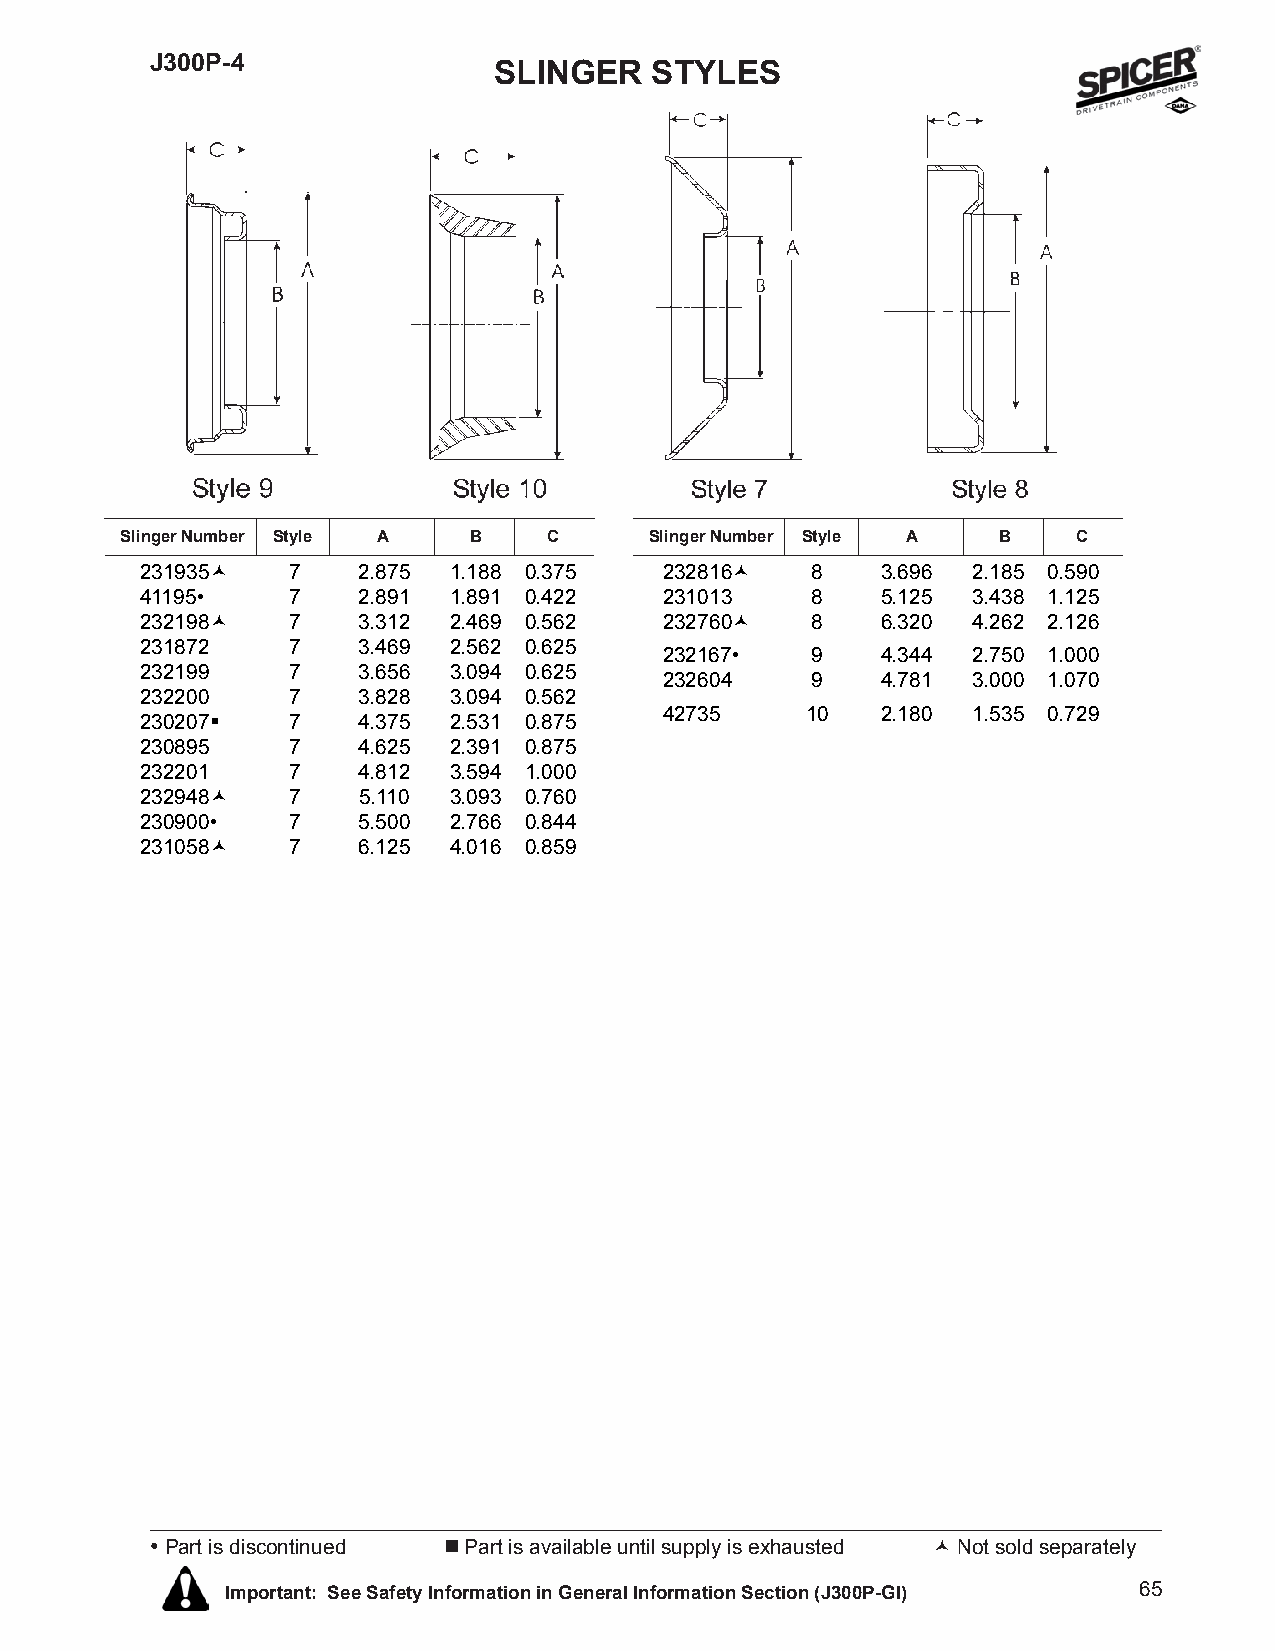
J300P-4
 SLINGER   STYLES
 Slinger Number Style A B    C      Slinger Number Style A B    C
 231935©   7    2.875 1.188 0.375   232816©   8   3.696 2.185 0.590
 41195•    7    2.891 1.891 0.422   231013    8   5.125 3.438 1.125
 232198©   7    3.312 2.469 0.562   232760©   8   6.320 4.262 2.126
 231872    7    3.469 2.562 0.625
 232167•   9   4.344 2.750 1.000
 232199    7    3.656 3.094 0.625
 232604    9   4.781 3.000 1.070
 232200    7    3.828 3.094 0.562
 230207§   7    4.375 2.531 0.875   42735    10   2.180 1.535 0.729
 230895    7    4.625 2.391 0.875
 232201    7    4.812 3.594 1.000
 232948©   7    5.110 3.093 0.760
 230900•   7    5.500 2.766 0.844
 231058©   7    6.125 4.016 0.859
 • Part is discontinued  Part is available until supply is exhausted © Not sold separately
 Important: See Safety Information in General Information Section (J300P-GI) 65